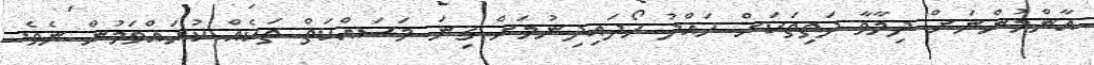
އާންމުންނަށް ދިމާވާ ދަތިތަކަށް ހައްލު ހޯދައިދިނުމަށް ގިނަ މަސައްކަތް ތަކެއް ކުރައްވަމުން ނެވެ.